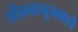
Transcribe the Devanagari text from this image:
जीवनानुभवाचे